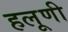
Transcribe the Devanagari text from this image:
हलूणी